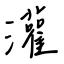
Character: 灌